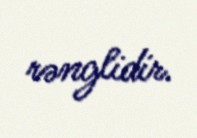
rənglidir.